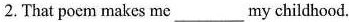
2. That poem makes me___my childhood.